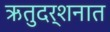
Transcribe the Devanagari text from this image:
ऋतुदर्शनात